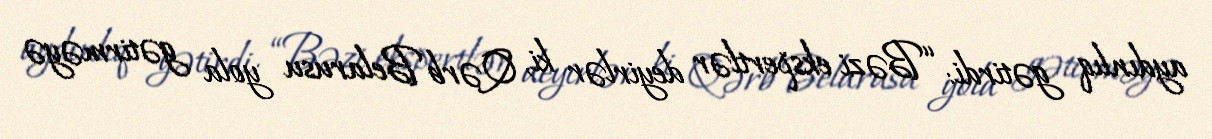
aydınlıq gətirdi: “Bəzi ekspertlər deyirlər ki, Qərb Belarusu yola gətirməyə